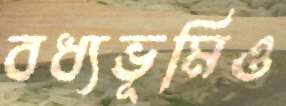
বধ্যভূমিও